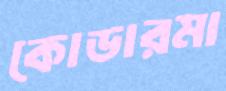
কোডারমা